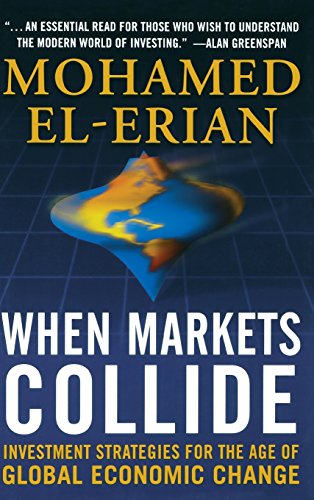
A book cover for When Markets Collide: Investment Strategies for the Age of Global Economic Change; Mohamed El-Erian; Business & Money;